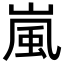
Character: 嵐